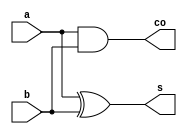
module ha(a, b, co, s);
	input a, b;
	output co, s;
	
	// instance carry out and sum with assign
	assign co = a & b;
	assign s = a ^ b;
	
endmodule